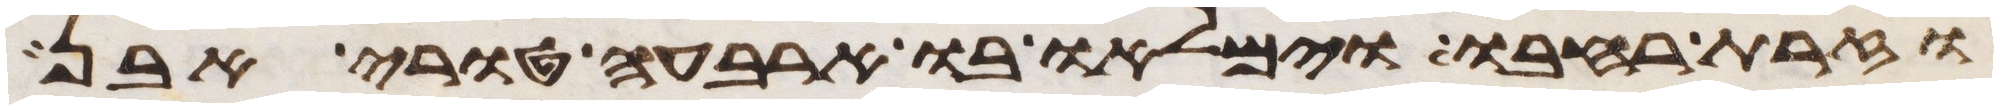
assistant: וזרת רחבו וימלאו בו ארבעה טורי אבן